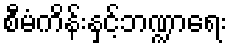
စီမံကိန်းနှင့်ဘဏ္ဍာရေး